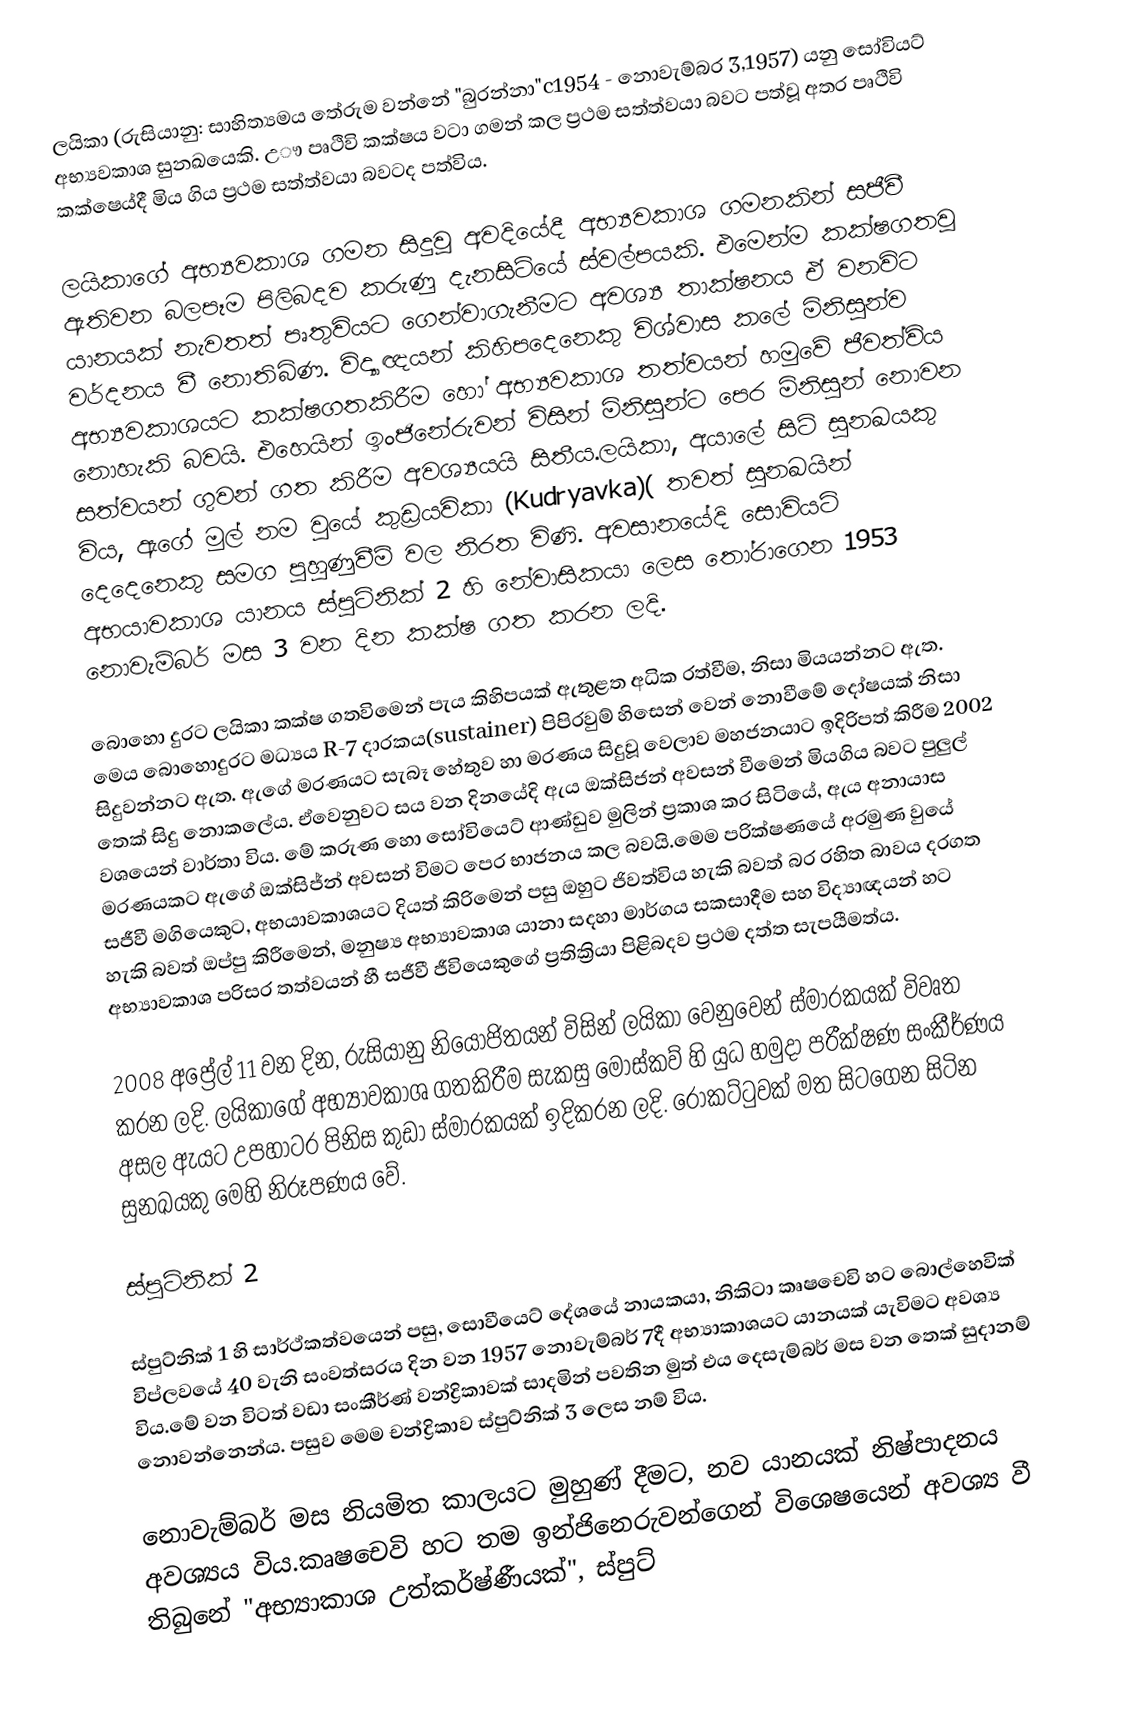
ලයිකා (රුසියානු: සාහිත්‍යමය තේරුම වන්නේ "බුරන්නා"c1954 - නොවැම්බර 3,1957) යනු සෝවියට් අභ්‍යවකාශ සුනඛයෙකි. උෟ පෘථිවි කක්ෂය වටා ගමන් කල ප්‍රථම සත්ත්වයා බවට පත්වූ අතර පෘථිවි කක්ෂෙය්දී මිය ගිය ප්‍රථම සත්ත්වයා බවටද පත්විය.

ලයිකාගේ අභ්‍යවකාශ ගමන සිදුවූ අවදියේදී අභ්‍යවකාශ ගමනකින් සජීවී ඇතිවන බලපෑම පිලිබදව කරුණු දැනසිටියේ ස්වල්පයකි. එමෙන්ම කක්ෂගතවූ යානයක් නැවතත් පෘතුවියට ගෙන්වාගැනීමට අවශ්‍ය  තාක්ෂනය ඒ වනවිට වර්දනය වී නොතිබිණ. විද්‍යාඥයන් කිහිපදෙනෙකු විශ්වාස කලේ මිනිසුන්ව අභ්‍යවකාශයට කක්ෂගතකිරීම හෝ අභ්‍යවකාශ තත්වයන් හමුවේ ජීවත්විය නොහැකි බවයි. එහෙයින් ඉංජිනේරුවන් විසින් මිනිසුන්ට පෙර මිනිසුන් නොවන සත්වයන් ගුවන් ගත කිරීම අවශ්‍යයයි සිතීය.ලයිකා, අයාලේ සිටි සුනඛයකු විය, ඇගේ මුල් නම වුයේ කුඩ්‍රයවිකා (Kudryavka)( තවත් සුනඛයින් දෙදෙනෙකු සමග පුහුණුවීම් වල නිරත විණි. අවසානයේදි සොවියට් අභයාවකාශ යානය ස්පුට්නික් 2 හි නේවාසිකයා ලෙස තෝරාගෙන 1953 නොවැම්බර් මස 3 වන දින කක්ෂ ගත කරන ලදි.

බොහො දුරට ලයිකා කක්ෂ ගතවිමෙන් පැය කිහිපයක් ඇතුළත අධික රත්වීම, නිසා මියයන්නට ඇත. මෙය බොහොදුරට මධ්‍යය R-7 දාරකය(sustainer) පිපිරවුම් හිසෙන් වෙන් නොවීමේ දෝෂයක් නිසා සිදුවන්නට ඇත. ඇගේ මරණයට සැබෑ හේතුව හා මරණය සිදුවූ වෙලාව මහජනයාට ඉදිරිපත් කිරීම 2002 තෙක් සිදු නොකලේය. ඒවෙනුවට සය වන දිනයේදි ඇය ඔක්සිජන් අවසන් වීමෙන් මියගිය බවට පුලුල් වශයෙන් වාර්තා විය. මේ කරුණ හො සෝවියෙට් ආණ්ඩුව මුලින් ප්‍රකාශ කර සිටියේ, ඇය අනායාස මරණයකට ඇගේ ඔක්සිජ්න් අවසන් විමට පෙර භාජනය කල බවයි.මෙම පරික්ෂණයේ අරමුණ වුයේ සජීවී මගියෙකුට, අභයාවකාශයට දියත් කිරිමෙන් පසු ඔහුට ජිවත්විය හැකි බවත් බර රහිත බාවය දරගත හැකි බවත් ඔප්පු කිරීමෙන්, මනුෂ්‍ය අභ්‍යාවකාශ යානා සදහා මාර්ගය සකසාදීම සහ විද්‍යාඥයන් හට අභ්‍යාවකාශ පරිසර තත්වයන් හී සජීවී ජීවියෙකුගේ ප්‍රතික්‍රියා පිළිබදව ප්‍රථම දත්ත සැපයීමත්ය.

2008 අප්‍රේල් 11 වන දින, රුසියානු නියෝජිතයන් විසින් ලයිකා වෙනුවෙන් ස්මාරකයක් විවෘත කරන ලදි. ලයිකාගේ අභ්‍යාවකාශ ගතකිරීම සැකසු මොස්කව් හි  යුධ හමුදා පරීක්ෂණ සංකීර්ණය අසල ඇයට උපහාටර පිනිස කුඩා ස්මාරකයක් ඉදිකරන ලදි. රොකට්ටුවක් මත සිටගෙන සිටින සුනඛයකු මෙහි නිරූපණ‍ය වේ.

ස්පුට්නික් 2

ස්පුට්නික් 1 හි සාර්ථ්කත්වයෙන් පසු, සොවීයෙට් දේශයේ නායකයා, නිකිටා කෘෂචෙවි හට බොල්හෙවික් විප්ලවයේ 40 වැනි සංවත්සරය දින වන 1957 නොවැම්බර් 7දී අභ්‍යාකාශයට යානයක් ‍යැවිමට අවශ්‍ය විය.මේ වන විටත් වඩා සංකීර්ණ්  වන්ද්‍රිකාවක් සාදමින් පවතින මුත් එය දෙසැම්බර් මස වන තෙක් සුදානම් නොවන්නෙන්ය. පසුව මෙම චන්ද්‍රිකාව ස්පුට්නික් 3 ලෙස නම් විය.

නොවැම්බර් මස නියමිත කාලයට මුහුණ් දීමට, නව යානයක් නිෂ්පාදනය අවශ්‍යය විය.කෘෂචෙවි හට තම ඉන්ජිනෙරුවන්ගෙන් විශෙෂයෙන් අවශ්‍ය වී තිබුනේ "අභ්‍යාකාශ උත්කර්ෂ්ණීයක්", ස්පුට්